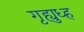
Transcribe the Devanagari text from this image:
गृह्युध्ह